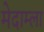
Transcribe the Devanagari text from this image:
मेदाम्ला